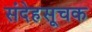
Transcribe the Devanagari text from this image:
संदेहसूचक